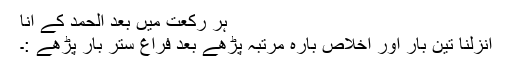
ہر رکعت میں بعد الحمد کے انا
انزلنا تین بار اور اخلاص بارہ مرتبہ پڑھے بعد فراغ ستر بار پڑھے :۔